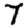
Digit: 7